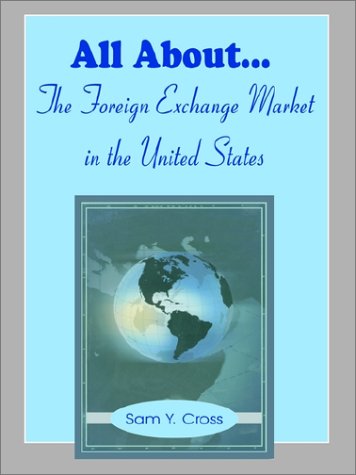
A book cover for All About The Foreign Exchange Market in The United States; Sam Y. Cross; Business & Money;